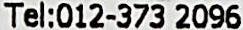
TEL:012-373 2096